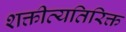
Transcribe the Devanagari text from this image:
शक्तीव्यतिरिक्त